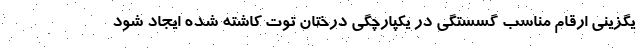
یگزینی ارقام مناسب گسستگی در یکپارچگی درختان توت کاشته شده ایجاد شود